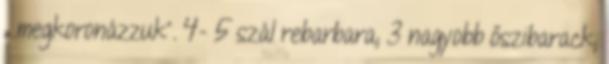
„ megkoronázzuk”. 4- 5 szál rebarbara; 3 nagyobb őszibarack;